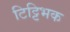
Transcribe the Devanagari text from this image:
टिट्टिभक